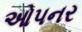
ઓપનર